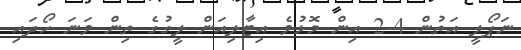
ނަޕޯލީ އަތުން 4-2 އިން މޮޅުވެ އިޓާލިއަން ލީގުގެ ތިން ވަނަ ހޯދައި